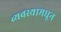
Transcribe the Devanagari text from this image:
व्यवस्थामधून